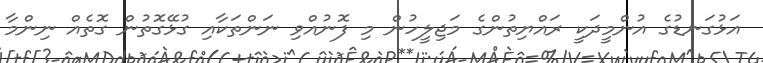
އަޅުގަނޑުގެ އުންމީދަކީ ރައްޔިތުންގެ މަޖިލީހުން މި ފޮނުއްވި ނަންތަކާއި ގުޅޭގޮތުން ގޮތެއް ނިންމާ